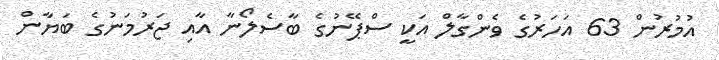
އުމުރުން 63 އަހަރުގެ ވެންގާލް އަކީ ސްޕޭނުގެ ބާސެލޯނާ އާއި ޖަރުމަނުގެ ބަޔާން